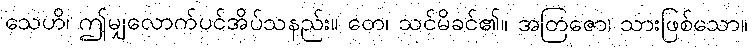
သေဟိ၊ ဤမျှလောက်ပင်အိပ်သနည်း။ တေ၊ သင်မိခင်၏။ အတြဇော၊ သားဖြစ်သော။